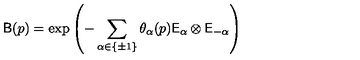
\mathsf { B } ( p ) = \exp \left( - \sum _ { \alpha \in \{ \pm 1 \} } \theta _ { \alpha } ( p ) \mathsf { E } _ { \alpha } \otimes \mathsf { E } _ { - \alpha } \right)